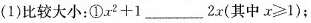
(1)比较大小：①$$x ^ { 2 } + 1$$___2x(其中$$x ≥ 1$$)；